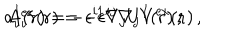
LaTeX: a _ { i } ^ { I } ( { \bf r } ) = - \epsilon ^ { i j } \nabla _ { j } U ^ { I } ( { \bf r } ) \, , \hspace { 6 m m } A _ { i } ^ { \mathrm { e x } } ( { \bf r } ) = - \epsilon ^ { i j } \nabla _ { j } V ^ { \mathrm { e x } } ( { \bf r } ) \, , \hspace { 6 m m }